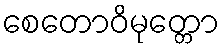
စေတောဝိမုတ္တော